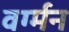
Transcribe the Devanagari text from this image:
वर्ग्मन